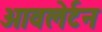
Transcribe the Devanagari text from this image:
ओवलेर्टन